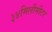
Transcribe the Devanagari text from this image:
३४मिलीमीटर